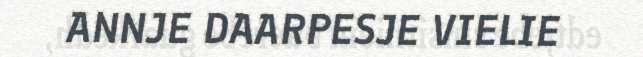
ANNJE DAARPESJE VIELIE